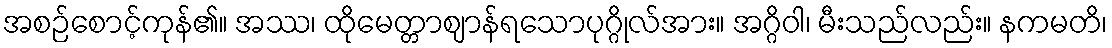
အစဉ်စောင့်ကုန်၏။ အဿ၊ ထိုမေတ္တာဈာန်ရသောပုဂ္ဂိုလ်အား။ အဂ္ဂိဝါ၊ မီးသည်လည်း။ နကမတိ၊